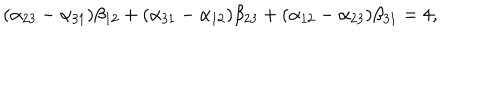
( \alpha _ { 2 3 } - \alpha _ { 3 1 } ) \beta _ { 1 2 } + ( \alpha _ { 3 1 } - \alpha _ { 1 2 } ) \beta _ { 2 3 } + ( \alpha _ { 1 2 } - \alpha _ { 2 3 } ) \beta _ { 3 1 } = 4 ,